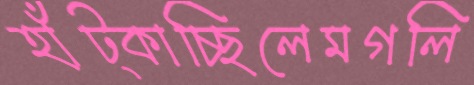
হাঁট্‌কাচ্ছিলেমগলি